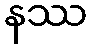
နဿ